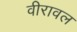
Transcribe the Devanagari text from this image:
वीरावल